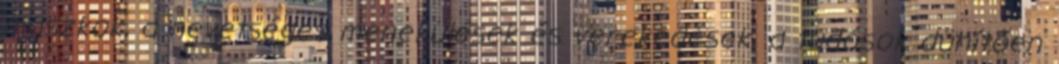
maszkok, a nevetséges menekülések és verekedések, a tudósok dühítően